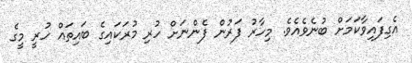
އެގިފައިވާކަމަށް ބުނެވެއެވެ. މިހާރު ފަރުން ފެންނަށް ހުރި މުރަކައިގެ ބައިތައް ހުރީ މީގެ